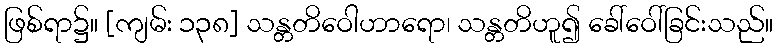
ဖြစ်ရာ၌။ [ကျမ်း ၁၃၈] သန္တတိဝေါဟာရော၊ သန္တတိဟူ၍ ခေါ်ဝေါ်ခြင်းသည်။